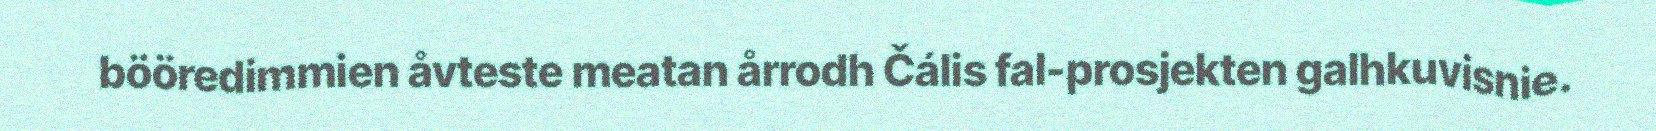
bööredimmien åvteste meatan årrodh Čális fal-prosjekten galhkuvisnie.